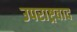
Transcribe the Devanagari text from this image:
उपराष्ट्रवाद